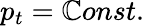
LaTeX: p_{t}=\mathbb{C}onst.